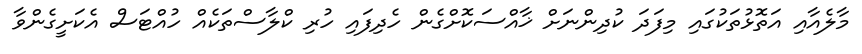
މާލެއާއި އަތޮޅުތަކުގައި މިފަދަ ކުދިންނަށް ޚާއްސަކޮށްގެން ހެދިފައި ހުރި ކްލާސްތަކެއް ހުއްޓަސް އެކަށީގެންވާ